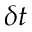
\delta t